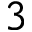
3